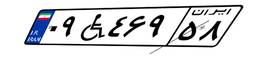
۰۹W۴۶۹۵۸